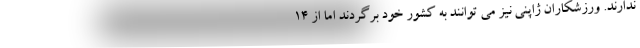
ندارند. ورزشکاران ژاپنی نیز می توانند به کشور خود برگردند اما از ۱۴